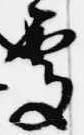
処